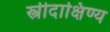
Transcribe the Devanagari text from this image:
स्त्रीदाक्षिण्य